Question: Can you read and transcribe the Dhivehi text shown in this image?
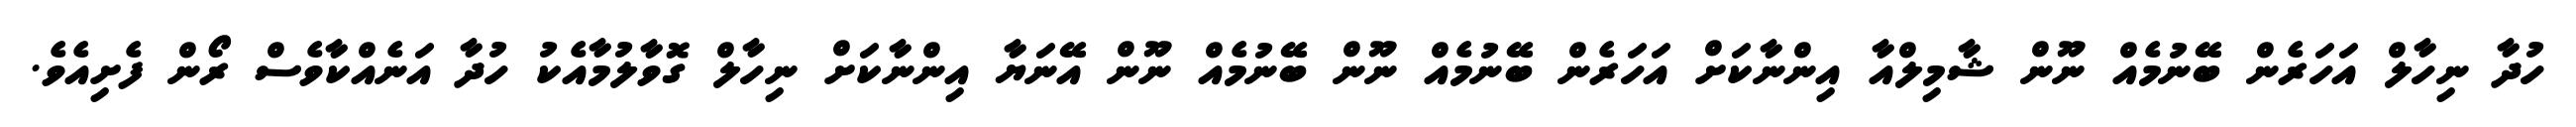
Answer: ހުދާ ނިހާލް އަހަރެން ބޭނުމެއް ނޫން ޝާމިލްއާ އިންނާކަށް އަހަރެން ބޭނުމެއް ނޫން ބޭނުމެއް ނޫން އޭނަޔާ އިންނާކަށް ނިހާލް ގޮވާލުމާއެކު ހުދާ އަނެއްކާވެސް ރޯން ފެށިއެވެ.